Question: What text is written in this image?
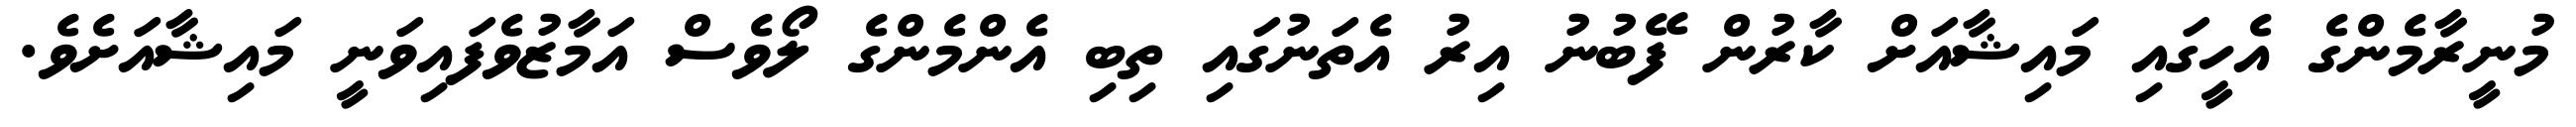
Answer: މުނީރާމެންގެ އެހީގައި މައިޝާއަށް ކާރުން ފޭބުނު އިރު އެތަނުގައި ތިބި އެންމެންގެ ލޯވެސް އަމާޒުވެފައިވަނީ މައިޝާއަށެވެ.